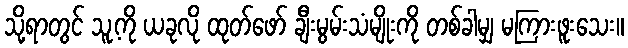
သို့ရာတွင် သူ့ကို ယခုလို ထုတ်ဖော် ချီးမွမ်းသံမျိုးကို တစ်ခါမျှ မကြားဖူးသေး။